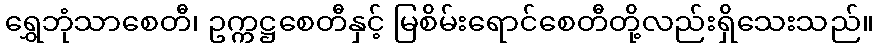
ရွှေဘုံသာစေတီ၊ ဥက္ကဋ္ဌစေတီနှင့် မြစိမ်းရောင်စေတီတို့လည်းရှိသေးသည်။